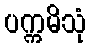
ပက္ကမိသုံ